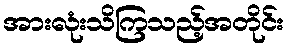
အားလုံးသိကြသည့်အတိုင်း